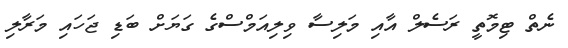
ނެތް ޓިމޮތީ ރަސެލް އާއި މަލިސާ ވިލިއަމްސްގެ ގަޔަށް ބަޑި ޖަހައި މަރާލި